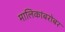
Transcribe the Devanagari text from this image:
मालिकांबरोबर